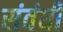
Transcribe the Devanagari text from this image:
संवंधी